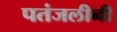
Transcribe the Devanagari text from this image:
पतंजलीनी